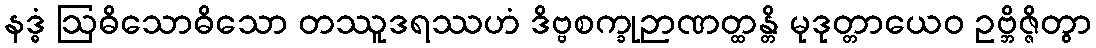
နဒ္ဓံ ဩဓိသောဓိသော တဿူဒရဿဟံ ဒိဗ္ဗစက္ခုဉာဏတ္ထန္တိ မုဒုတ္တာယေဝ ဥဗ္ဘိဇ္ဇိတွာ